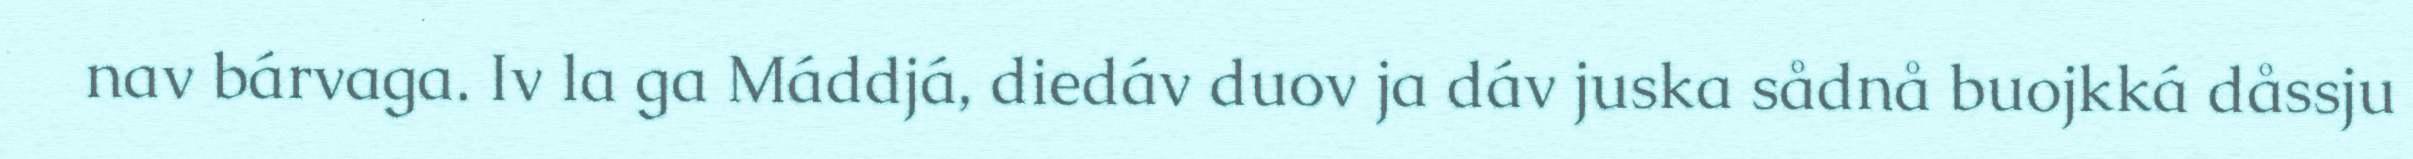
nav bárvaga. Iv la ga Máddjá, diedáv duov ja dáv juska sådnå buojkká dåssju